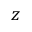
z